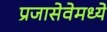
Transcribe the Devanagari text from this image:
प्रजासेवेमध्ये